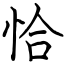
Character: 恰